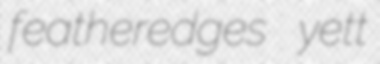
featheredges yett